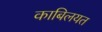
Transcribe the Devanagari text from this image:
काबिलयत